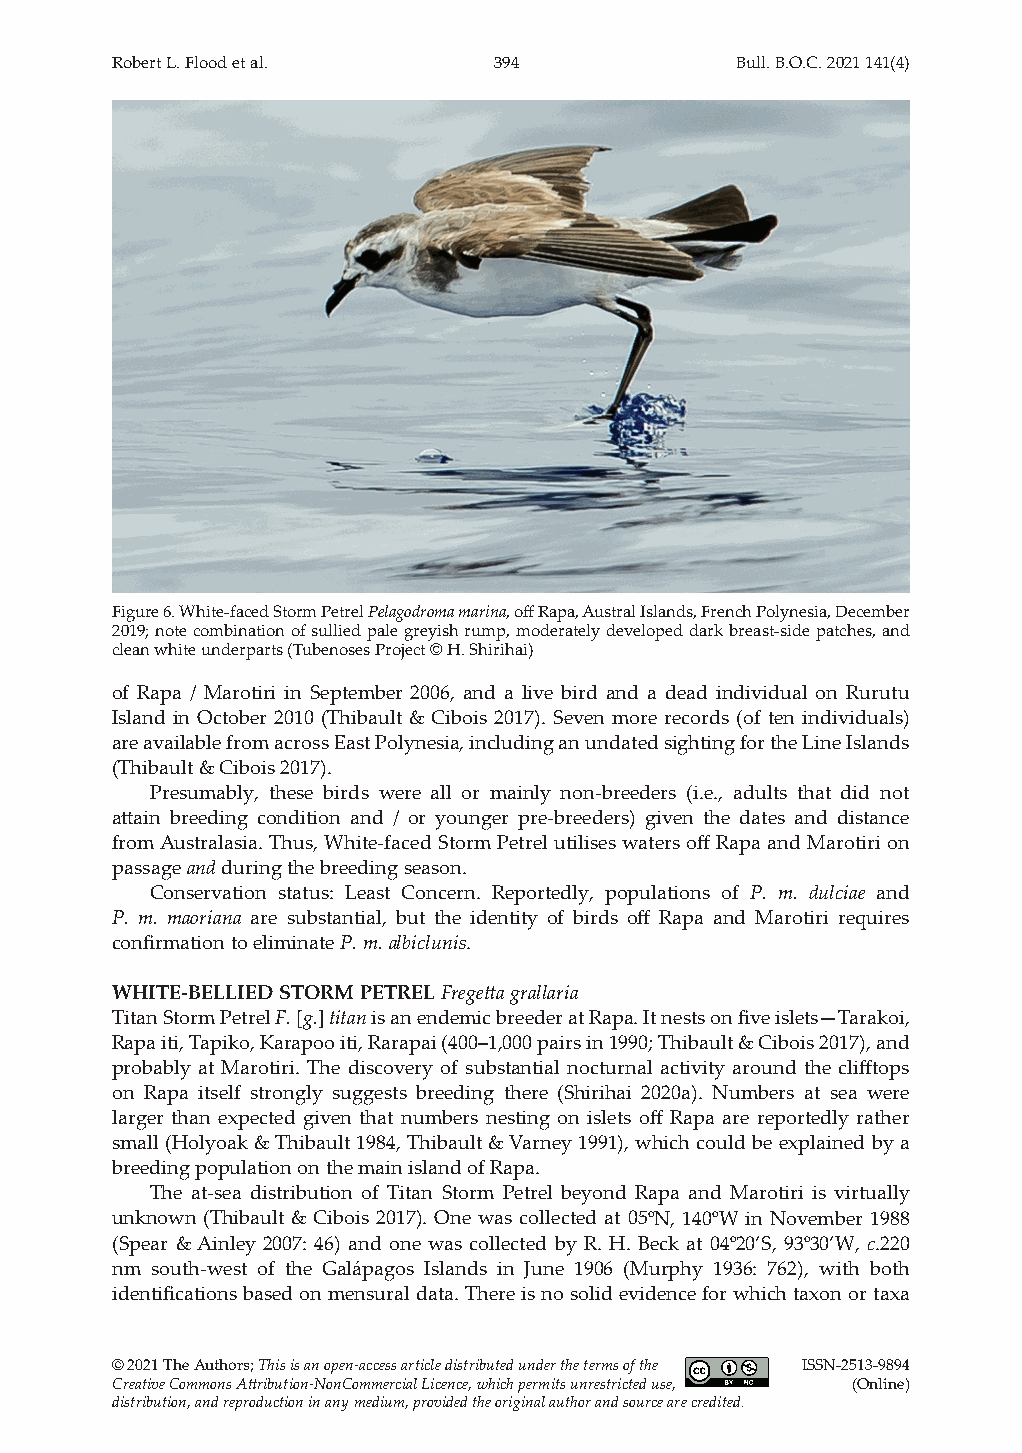
Robert L. Flood et al.    394             Bull. B.O.C. 2021 141(4)
 Figure 6. White-faced Storm Petrel Pelagodroma marina, off Rapa, Austral Islands, French Polynesia, December
 2019; note combination of sullied pale greyish rump, moderately developed dark breast-side patches, and
 clean white underparts (Tubenoses Project © H. Shirihai)
 of Rapa / Marotiri in September 2006, and a live bird and a dead individual on Rurutu
 Island in October 2010 (Thibault & Cibois 2017). Seven more records (of ten individuals)
 are available from across East Polynesia, including an undated sighting for the Line Islands
 (Thibault & Cibois 2017).
 Presumably, these birds were all or mainly non-breeders (i.e., adults that did not
 attain breeding condition and / or younger pre-breeders) given the dates and distance
 from Australasia. Thus, White-faced Storm Petrel utilises waters off Rapa and Marotiri on
 passage and during the breeding season.
 Conservation status: Least Concern. Reportedly, populations of P. m. dulciae and
 P. m. maoriana are substantial, but the identity of birds off Rapa and Marotiri requires
 confirmation to eliminate P. m. albiclunis.
 WHITE-BELLIED STORM PETREL Fregetta grallaria
 Titan Storm Petrel F. [g.] titan is an endemic breeder at Rapa. It nests on five islets—Tarakoi,
 Rapa iti, Tapiko, Karapoo iti, Rarapai (400–1,000 pairs in 1990; Thibault & Cibois 2017), and
 probably at Marotiri. The discovery of substantial nocturnal activity around the clifftops
 on Rapa itself strongly suggests breeding there (Shirihai 2020a). Numbers at sea were
 larger than expected given that numbers nesting on islets off Rapa are reportedly rather
 small (Holyoak & Thibault 1984, Thibault & Varney 1991), which could be explained by a
 breeding population on the main island of Rapa.
 The at-sea distribution of Titan Storm Petrel beyond Rapa and Marotiri is virtually
 unknown (Thibault & Cibois 2017). One was collected at 05oN, 140oW in November 1988
 (Spear & Ainley 2007: 46) and one was collected by R. H. Beck at 04o20’S, 93o30’W, c.220
 nm south-west of the Galápagos Islands in June 1906 (Murphy 1936: 762), with both
 identifications based on mensural data. There is no solid evidence for which taxon or taxa
 © 2021 The Authors; This is an open‐access article distributed under the terms of the ISSN-2513-9894
 Creative Commons Attribution‐NonCommercial Licence, which permits unrestricted use, (Online)
 distribution, and reproduction in any medium, provided the original author and source are credited.